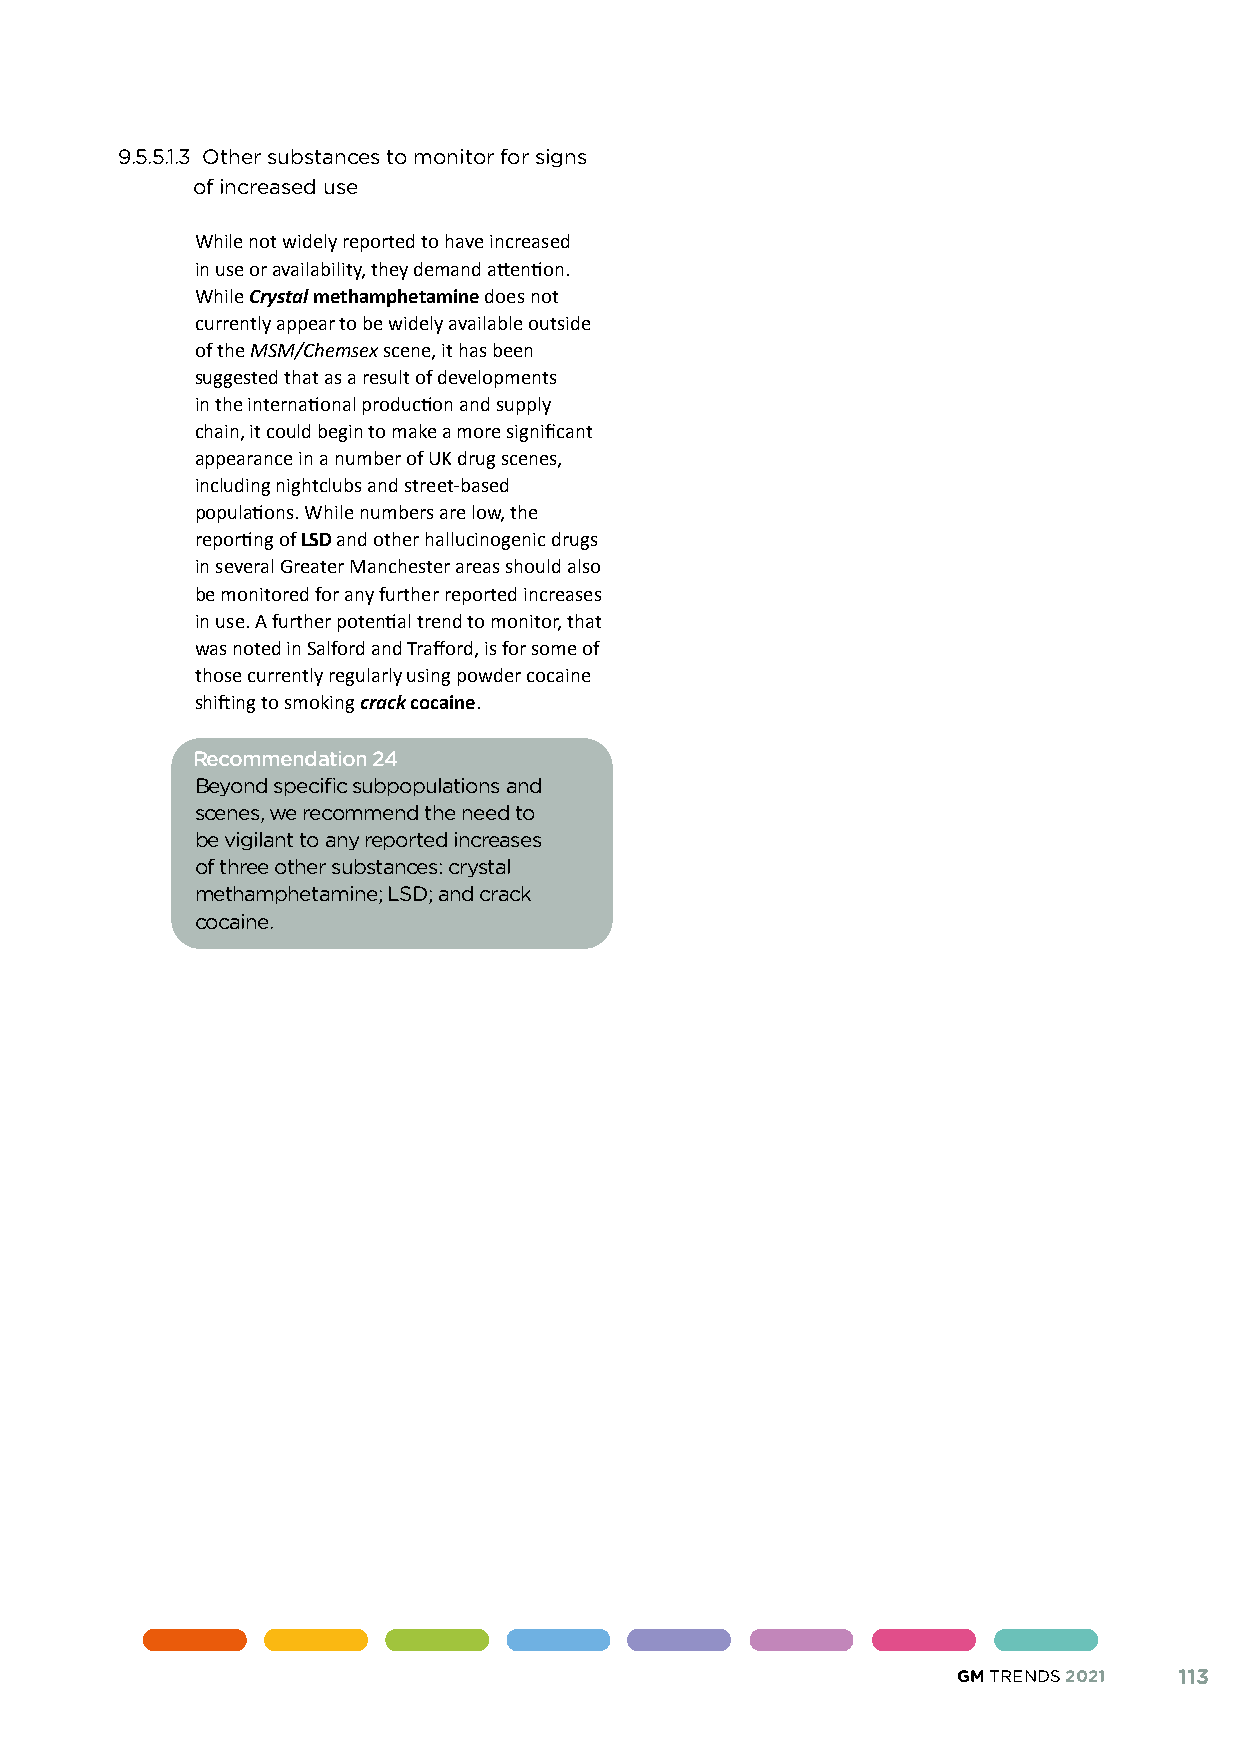
9.5.5.1.3 Other substances to monitor for signs
 of increased use
 While not widely reported to have increased
 in use or availability, they demand attention.
 While Crystal methamphetamine does not
 currently appear to be widely available outside
 of the MSM/Chemsex scene, it has been
 suggested that as a result of developments
 in the international production and supply
 chain, it could begin to make a more significant
 appearance in a number of UK drug scenes,
 including nightclubs and street-based
 populations. While numbers are low, the
 reporting of LSD and other hallucinogenic drugs
 in several Greater Manchester areas should also
 be monitored for any further reported increases
 in use. A further potential trend to monitor, that
 was noted in Salford and Trafford, is for some of
 those currently regularly using powder cocaine
 shifting to smoking crack cocaine.
 Recommendation 24
 Beyond specific subpopulations and
 scenes, we recommend the need to
 be vigilant to any reported increases
 of three other substances: crystal
 methamphetamine; LSD; and crack
 cocaine.
 GM TRENDS 2021 113